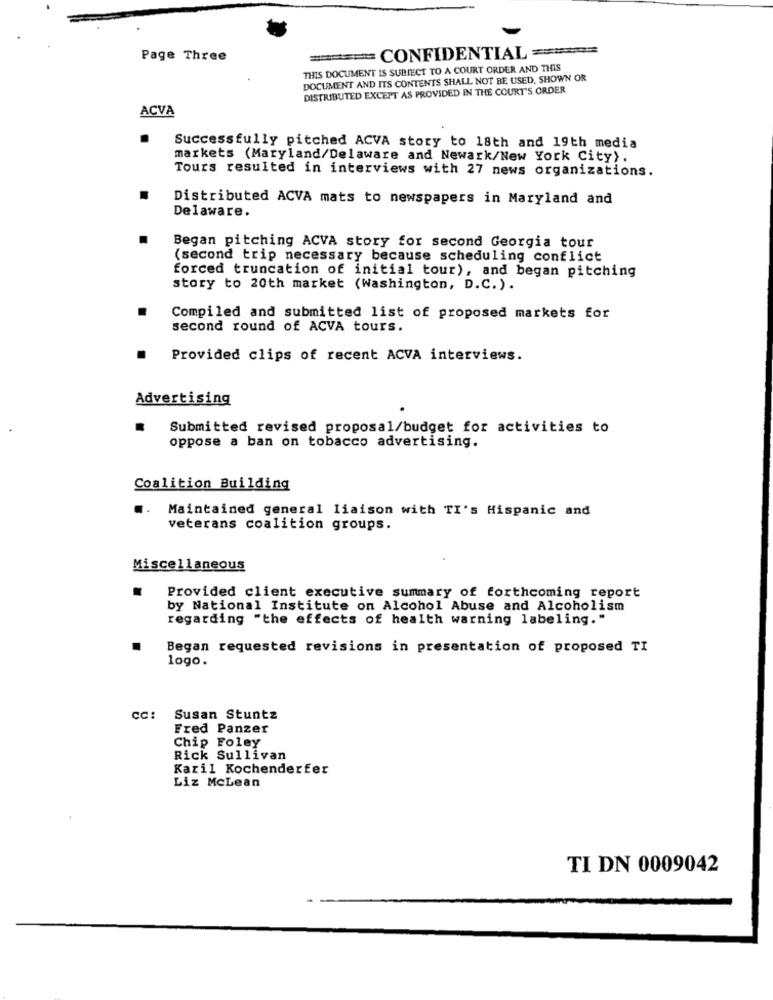
Page Three
===== CONFIDENTIAL ===
THIS DOCUMENT IS SUBJECT TO A COURT ORDER AND THIS
DOCUMENT AND ITS CONTENTS SHALL NOT BE USED, SHOWN OR
DISTRIBUTED EXCEPT AS PROVIDED IN THE COURT'S ORDER
ACVA
Successfully pitched ACVA story to 18th and 19th media
markets (Maryland/Delaware and Newark/New York City).
Tours resulted in interviews with 27 news organizations.
Distributed ACVA mats to newspapers in Maryland and
Delaware.
Began pitching ACVA story for second Georgia tour
(second trip necessary because scheduling conflict
forced truncation of initial tour), and began pitching
story to 20th market (Washington, D.C.).
Compiled and submitted list of proposed markets for
second round of ACVA tours.
Provided clips of recent ACVA interviews.
Advertising
.
Submitted revised proposal/budget for activities to
oppose a ban on tobacco advertising.
Coalition Building
.. Maintained general liaison with TI's Hispanic and
veterans coalition groups.
Miscellaneous
Provided client executive summary of forthcoming report
by National Institute on Alcohol Abuse and Alcoholism
regarding "the effects of health warning labeling."
Began requested revisions in presentation of proposed TI
logo.
CC: Susan Stuntz
Fred Panzer
Chip Foley
Rick Sullivan
Kazil Kochenderfer
Liz McLean
TI DN 0009042